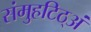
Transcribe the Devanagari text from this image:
संमुहटिठ्‌अं